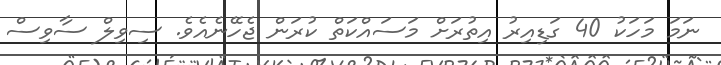
ނަމަ މަހަކު 40 ގަޑިއިރު އިތުރަށް މަސައްކަތް ކުރަން ޖެހޭނެއެވެ. ސިވިލް ސާވިސް